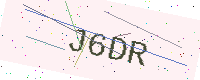
Text: J6DR